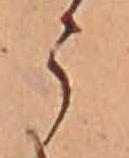
う